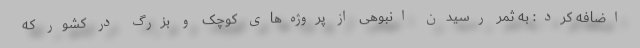
اضافه کرد: به ثمر رسیدن انبوهی از پروژه‌های کوچک و بزرگ در کشور که